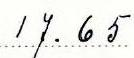
17.65